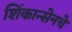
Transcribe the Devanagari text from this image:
शिंकान्सेनचे